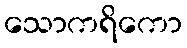
သောကရိကော